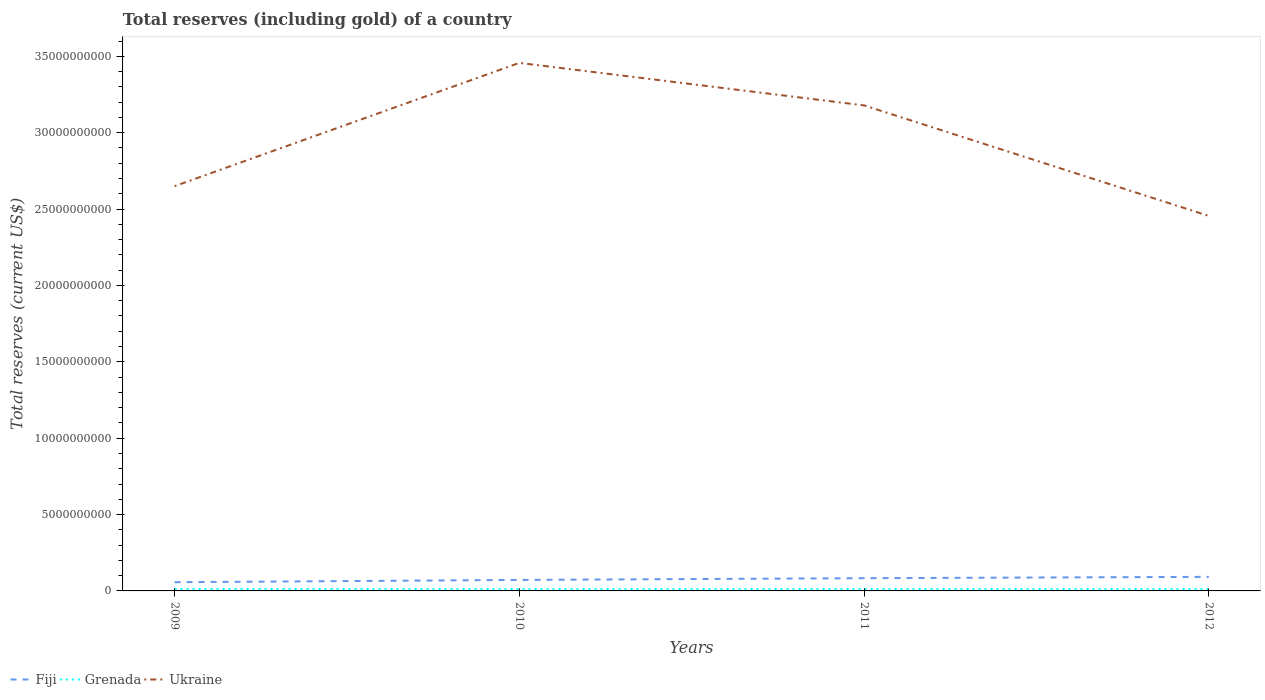
| Years | Fiji | Grenada | Ukraine |
 | --- | --- | --- | --- |
 | 2009 | 5.7e+08 | 1.29e+08 | 2.65e+10 |
 | 2010 | 7.21e+08 | 1.19e+08 | 3.46e+10 |
 | 2011 | 8.33e+08 | 1.21e+08 | 3.18e+10 |
 | 2012 | 9.21e+08 | 1.19e+08 | 2.46e+10 |